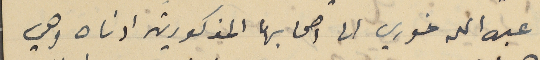
عبد الله خوري الى اصحابها المذكورين ادناه وهي